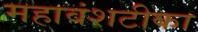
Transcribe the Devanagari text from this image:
महावंशटीका